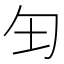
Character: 𫧀